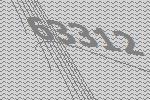
63312